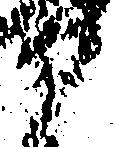
部